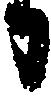
日